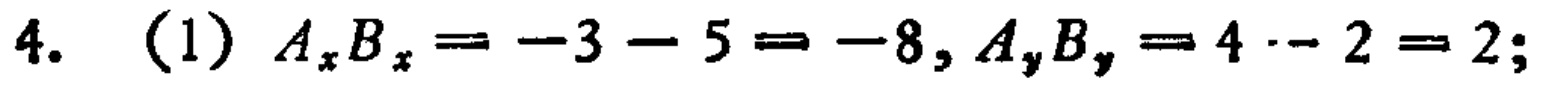
4. (1) \(A_xB_x = -3 - 5 = -8, A_yB_y = 4 - 2 = 2;\)